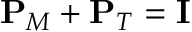
\mathbf { P } _ { M } + \mathbf { P } _ { T } = \mathbf { I }